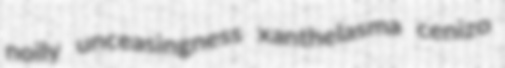
noily unceasingness xanthelasma cenizo